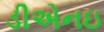
ડીએનઇ